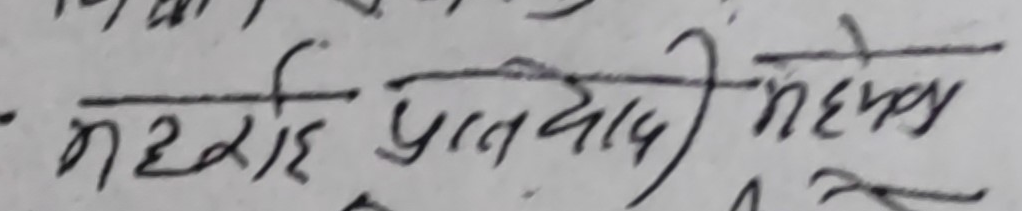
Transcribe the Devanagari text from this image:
महेन्द्र प्रतापवादी महोदय